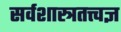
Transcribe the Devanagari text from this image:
सर्वशास्त्रतत्त्वज्ञ